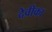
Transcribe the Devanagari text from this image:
देवीका